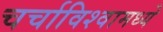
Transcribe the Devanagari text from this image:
चर्चाविश्वामध्ये